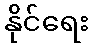
နိုင်ရေး